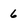
Character: 6